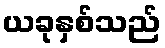
ယခုနှစ်သည်